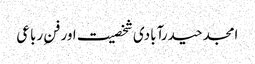
امجد حیدرآبادی شخصیت اور فنِ رباعی